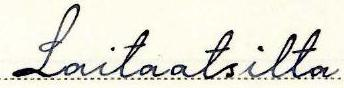
Laitaatsilta